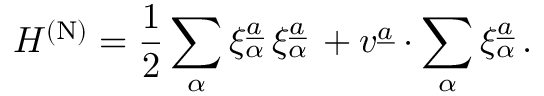
H ^ { \mathrm { ( N ) } } = { \frac { 1 } { 2 } } \sum _ { \alpha } \xi _ { \alpha } ^ { \underline { { { a } } } } \, \xi _ { \alpha } ^ { \underline { { { a } } } } \, + v ^ { \underline { { { a } } } } \cdot \sum _ { \alpha } \xi _ { \alpha } ^ { \underline { { { a } } } } \, .